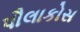
પૌલાકોસ